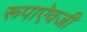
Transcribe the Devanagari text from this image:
रूपाऐवजी